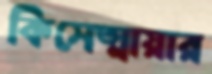
কিসেত্মায়ার